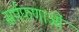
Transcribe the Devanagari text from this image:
सर्पफणाओं